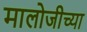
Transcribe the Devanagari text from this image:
मालोजीच्या